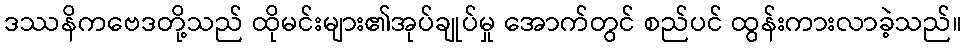
ဒဿနိကဗေဒတို့သည် ထိုမင်းများ၏အုပ်ချုပ်မှု အောက်တွင် စည်ပင် ထွန်းကားလာခဲ့သည်။